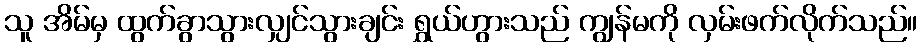
သူ အိမ်မှ ထွက်ခွာသွားလျှင်သွားချင်း ရွှယ်ဟွားသည် ကျွန်မကို လှမ်းဖက်လိုက်သည်။